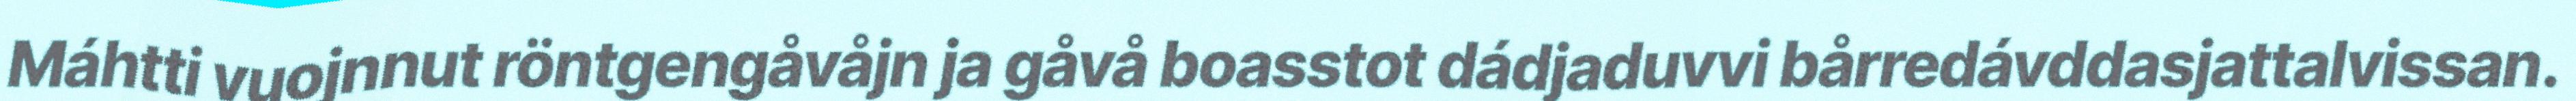
Máhtti vuojnnut röntgengåvåjn ja gåvå boasstot dádjaduvvi bårredávddasjattalvissan.